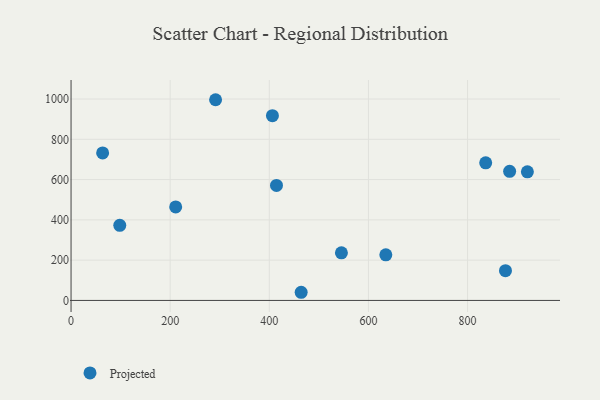
{"axis": {"x": "Speed", "y": "Exam Score"}, "legend": ["Projected"], "data": [{"x": "876.5", "y": 147.5, "type": "Projected"}, {"x": "211.1", "y": 464.3, "type": "Projected"}, {"x": "836.6", "y": 683.1, "type": "Projected"}, {"x": "464.3", "y": 40.5, "type": "Projected"}, {"x": "635.1", "y": 226.3, "type": "Projected"}, {"x": "406.3", "y": 917.5, "type": "Projected"}, {"x": "63.7", "y": 732.4, "type": "Projected"}, {"x": "545.5", "y": 236.5, "type": "Projected"}, {"x": "98.3", "y": 372.7, "type": "Projected"}, {"x": "291.6", "y": 996.5, "type": "Projected"}, {"x": "884.9", "y": 641.1, "type": "Projected"}, {"x": "414.5", "y": 571.2, "type": "Projected"}, {"x": "920.7", "y": 638.3, "type": "Projected"}]}